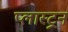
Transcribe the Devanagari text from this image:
प्लास्ट्रन